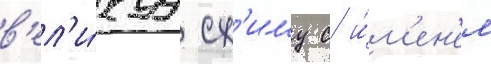
в'ел'и́куу сх'иму с и́м'ен'ем